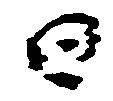
日